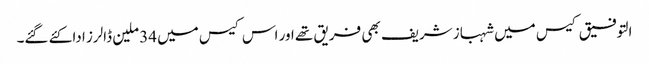
التوفیق کیس میں شہباز شریف بھی فریق تھے اور اس کیس میں 34 ملین ڈالرز ادا کئے گئے۔